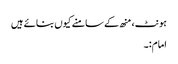
ہونٹ، منھ کے سامنے کیوں بنائے ہیں
امام:۔